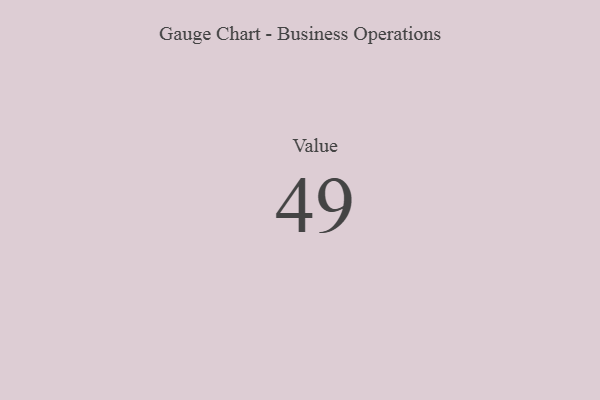
{"axis": {"x": "Metric", "y": "Value"}, "legend": [""], "data": [{"x": "Value", "y": 49, "type": ""}]}